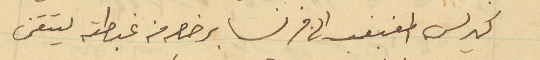
كيرلس المغبغب الى فرنسا برخصه من غبطته ليتقن